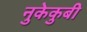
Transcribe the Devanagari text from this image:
नुकेकुबी